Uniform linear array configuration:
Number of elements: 8
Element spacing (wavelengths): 1
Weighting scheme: blackman
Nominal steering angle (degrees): -60
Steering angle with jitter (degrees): -60.586
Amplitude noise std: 0.05
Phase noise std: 0.05

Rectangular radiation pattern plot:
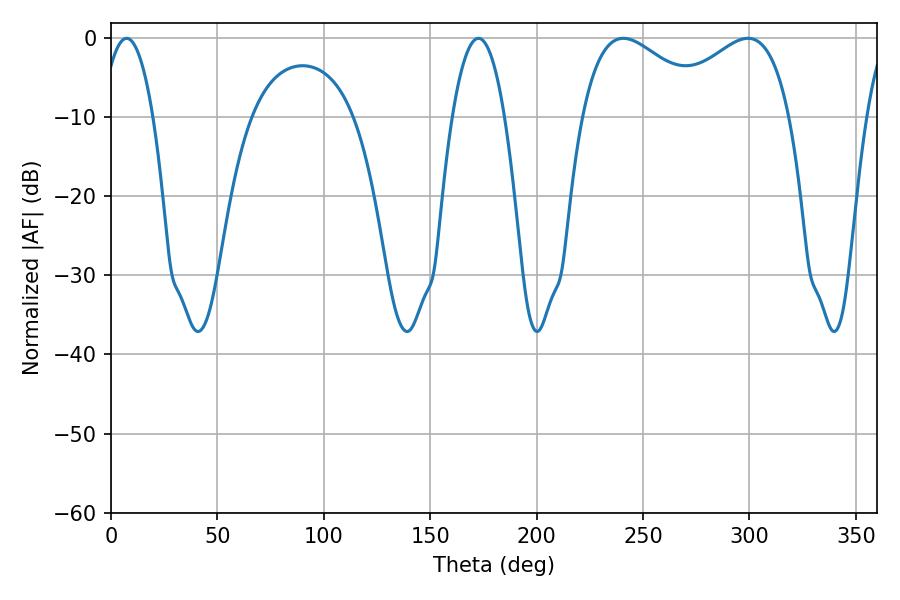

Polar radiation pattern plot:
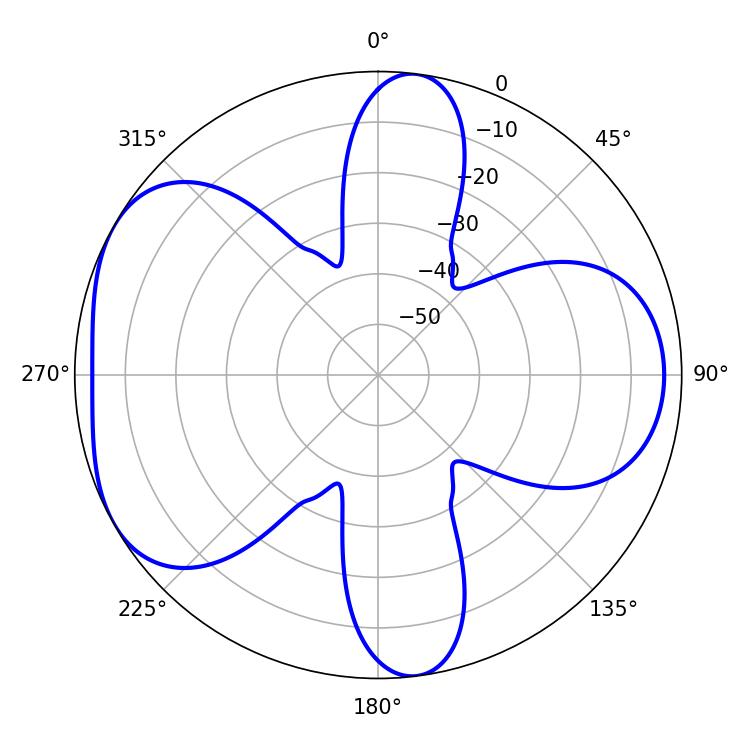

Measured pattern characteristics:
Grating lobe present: TRUE
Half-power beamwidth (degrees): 33.48
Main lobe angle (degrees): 299.34